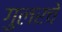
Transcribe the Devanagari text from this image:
गुलरचे